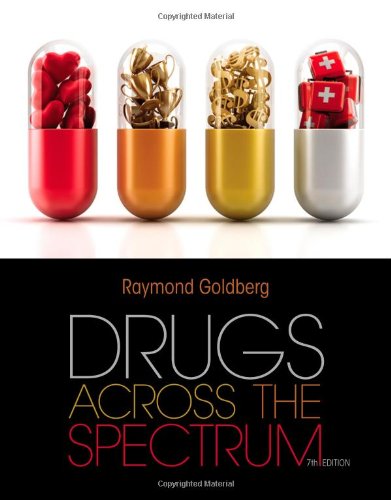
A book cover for Drugs Across the Spectrum; Raymond Goldberg; Medical Books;